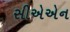
સીએએન